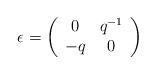
LaTeX: \begin{align*}\epsilon=\left(\begin{array}{cc}0&q^{-1}\\-q&0\end{array}\right)\end{align*}